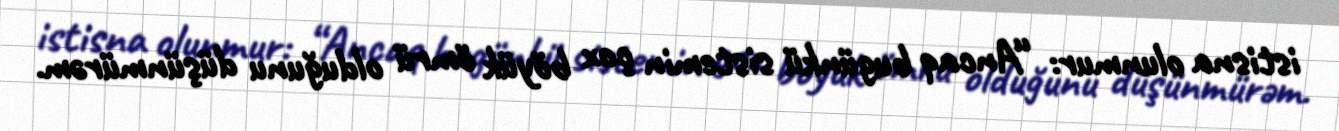
istisna olunmur: “Ancaq bugünkü sistemin çox böyük ömrü olduğunu düşünmürəm.